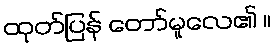
ထုတ်ပြန် တော်မူလေ၏ ။